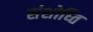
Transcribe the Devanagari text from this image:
संशोध्ति